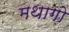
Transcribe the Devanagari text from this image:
मथागो